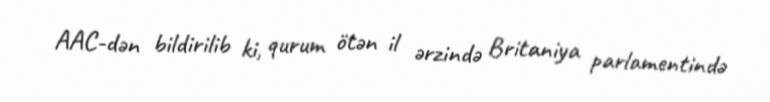
AAC-dən bildirilib ki, qurum ötən il ərzində Britaniya parlamentində